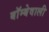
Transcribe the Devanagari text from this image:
बॉम्बेवाली